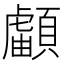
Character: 𩔺